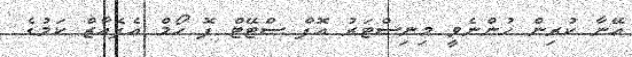
އޭނާ ކުރިން ހުންނެވީ މިނިސްޓަރު އޮފް ސްޓޭޓް ފޮ ހޯމް އެފެއާޒް ކަމުގެ